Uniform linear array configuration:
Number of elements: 16
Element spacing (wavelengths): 1
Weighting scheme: cosine
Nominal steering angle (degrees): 0
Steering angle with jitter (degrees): -0.06956
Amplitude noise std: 0.05
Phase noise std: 0.05

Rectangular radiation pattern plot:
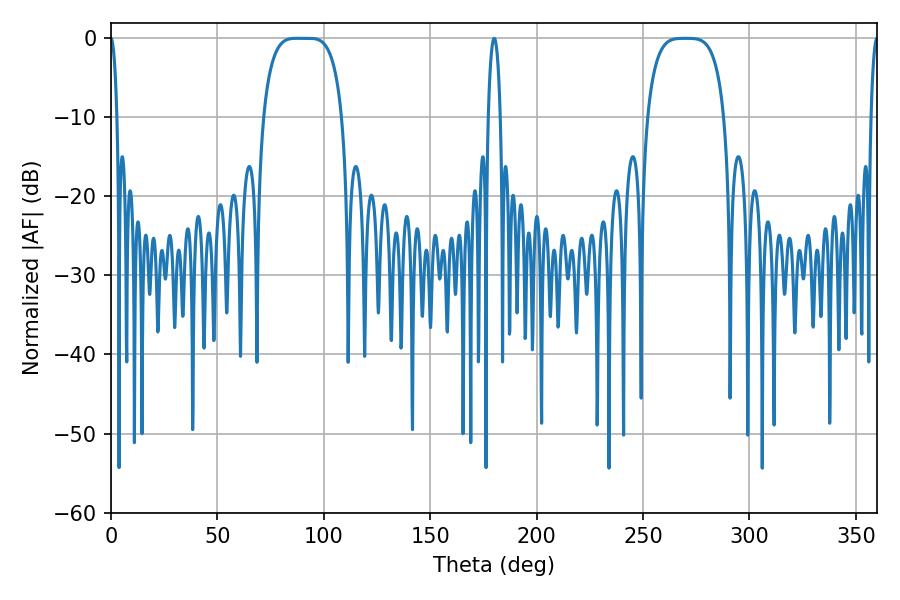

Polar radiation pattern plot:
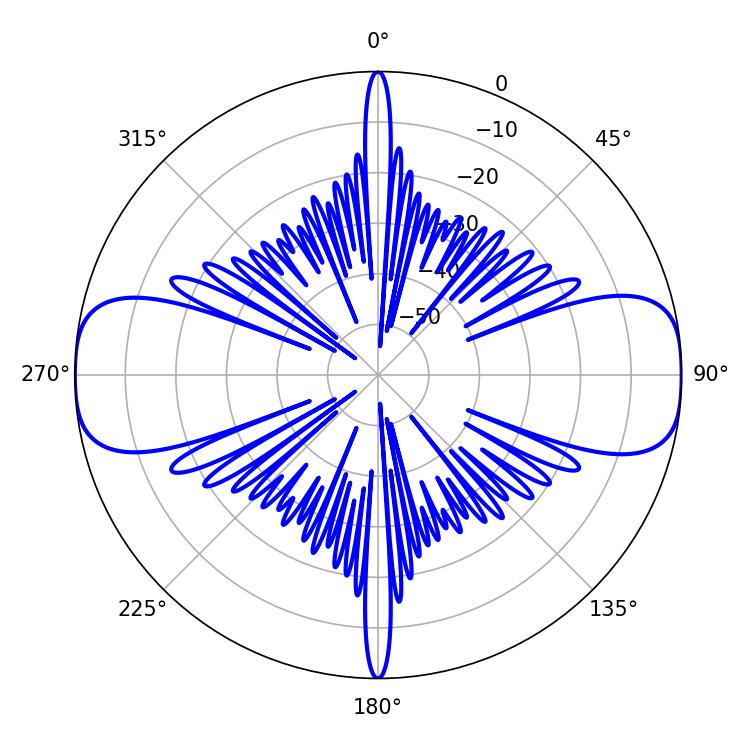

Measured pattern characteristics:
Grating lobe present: TRUE
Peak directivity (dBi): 20.339
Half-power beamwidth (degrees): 28.08
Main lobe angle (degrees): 87.48